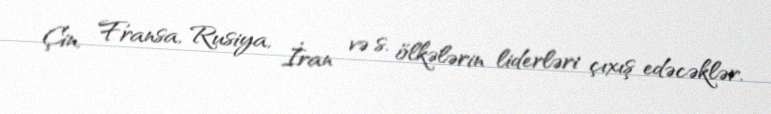
Çin, Fransa, Rusiya, İran və s. ölkələrin liderləri çıxış edəcəklər.